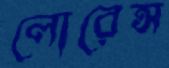
লোরেন্স